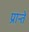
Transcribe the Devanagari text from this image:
प्रान्ते